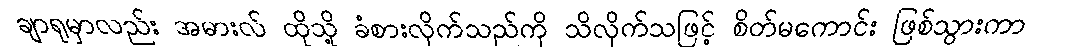
ချာရုမှာလည်း အမားလ် ထိုသို့ ခံစားလိုက်သည်ကို သိလိုက်သဖြင့် စိတ်မကောင်း ဖြစ်သွားကာ